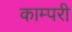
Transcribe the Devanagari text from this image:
काम्परी